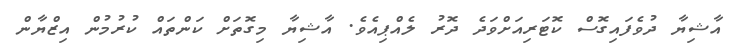
އާޝިޔާ ދުވެފައިގޮސް ކޮޓަރިއަށްވަދެ ދޮރު ލެއްޕިއެވެ. އާޝިޔާ މިގޮތަށް ކަންތައް ކުރުމުން އިޒްޔާން